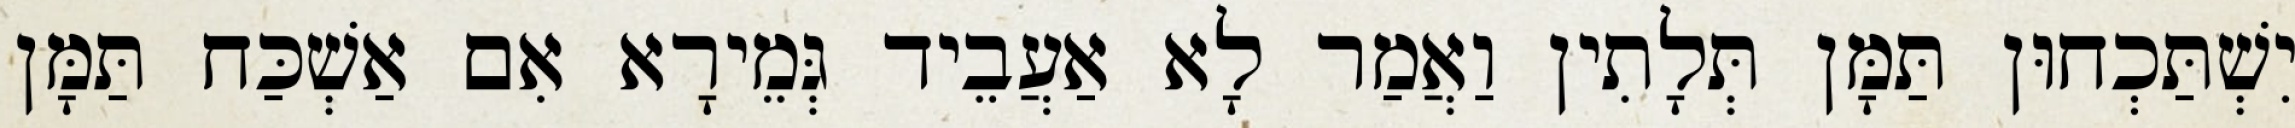
יִשְׁתַּכְחוּן תַּמָּן תְּלָתִין וַאֲמַר לָא אַעֲבֵיד גְּמֵירָא אִם אַשְׁכַּח תַּמָּן